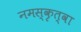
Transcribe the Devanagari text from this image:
नमस्कृत्वा